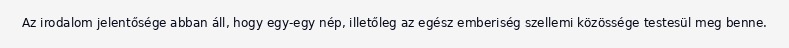
Az irodalom jelentősége abban áll, hogy egy-egy nép, illetőleg az egész emberiség szellemi közössége testesül meg benne.